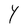
Character: Y